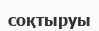
соқтыруы